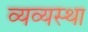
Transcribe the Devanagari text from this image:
व्यव्यस्था